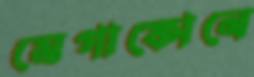
মেগাফোনে